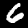
Label: 6